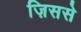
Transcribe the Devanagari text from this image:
ज़िससे